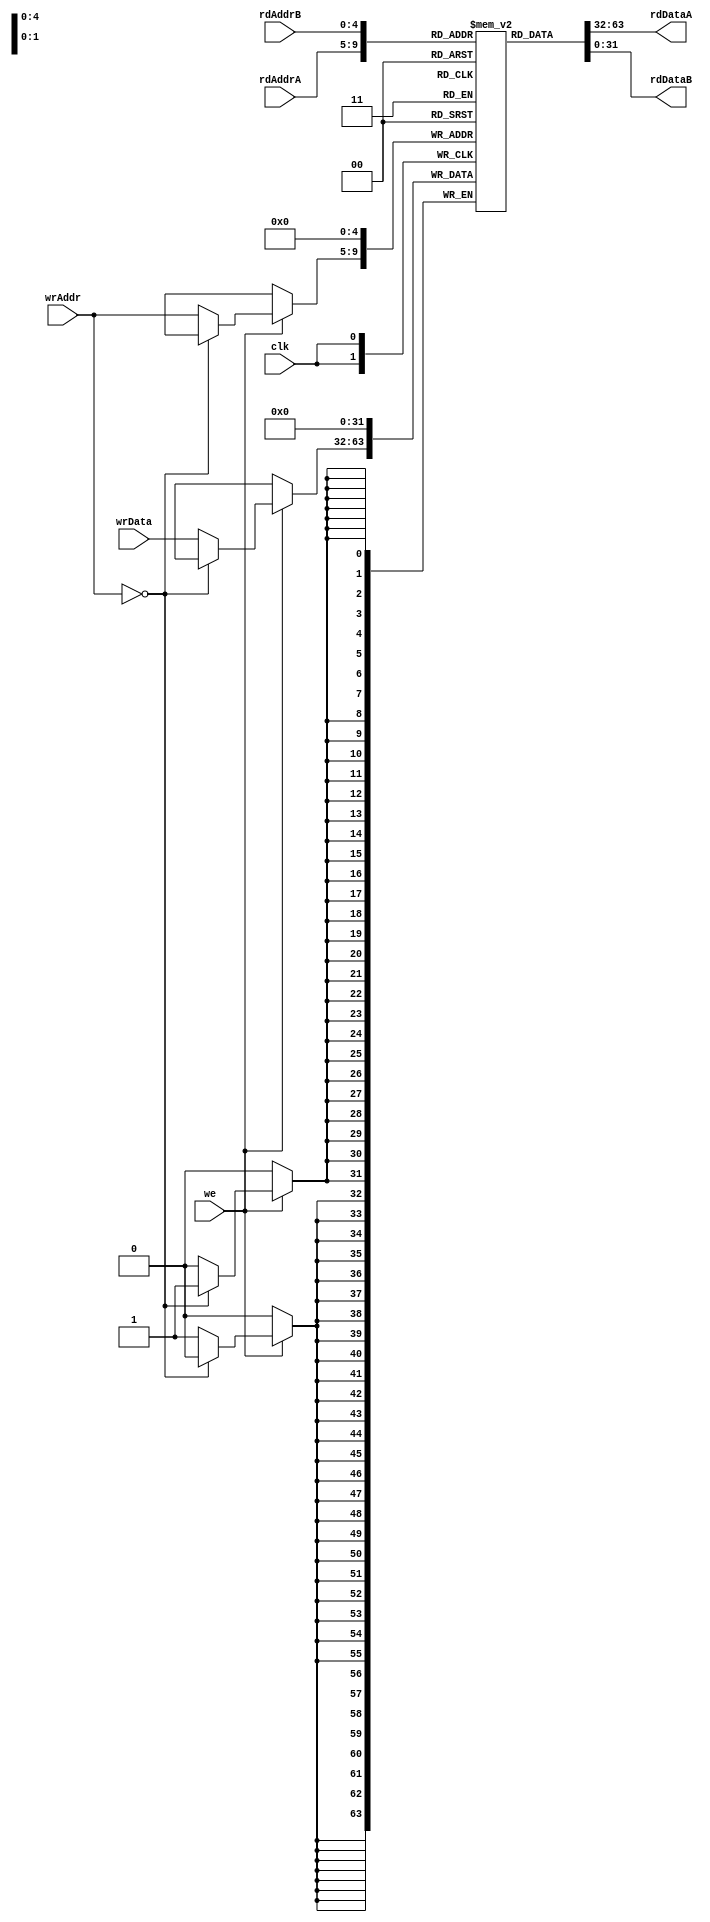
`timescale 1ns / 1ps

module reg_file (input clk, input we, input [0:4] wrAddr, input [0:31] wrData,
                 input [0:4] rdAddrA, output [0:31] rdDataA, input [0:4] rdAddrB,
                 output [0:31] rdDataB);
    reg [0:31] regfile [0:31];

    assign rdDataA = regfile[rdAddrA];
    assign rdDataB = regfile[rdAddrB];
   

    always @(negedge clk) begin
        if (we)
        begin
            if (wrAddr == 32'h0) 
                regfile[5'h0] <= 32'h0;
            else
                regfile[wrAddr] <= wrData;
        end
    end
endmodule